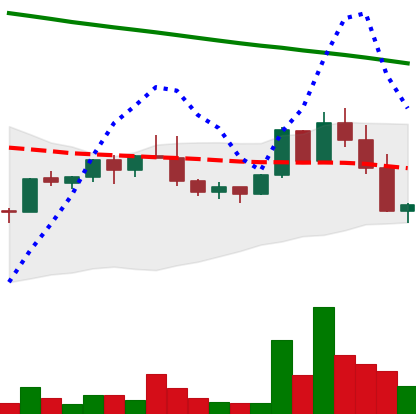
Ticker: NEO-USD
Chart end date: 2022-02-22
Forward return: -3.475%
Label: down_3_5